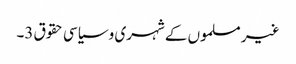
غیر مسلموں کے شہری و سیاسی حقوق 3۔